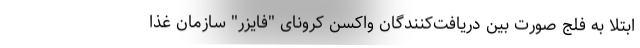
ابتلا به فلج صورت بین دریافت‌کنندگان واکسن کرونای "فایزر" سازمان غذا